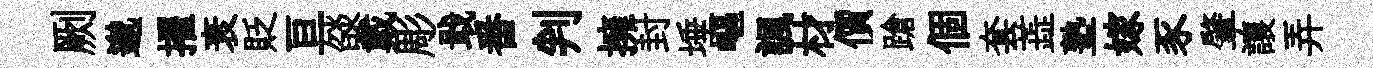
劂邈擢衰貶亘燄戴彫戢番判擁封埵嶇諷材價蹌個套蕋塾嫁豕肇讓弄